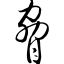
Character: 胁